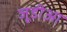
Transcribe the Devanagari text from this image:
जूडीआ